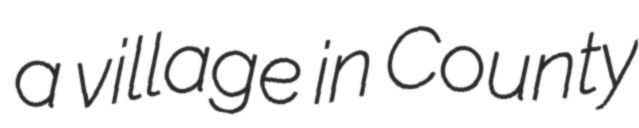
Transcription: a village in County